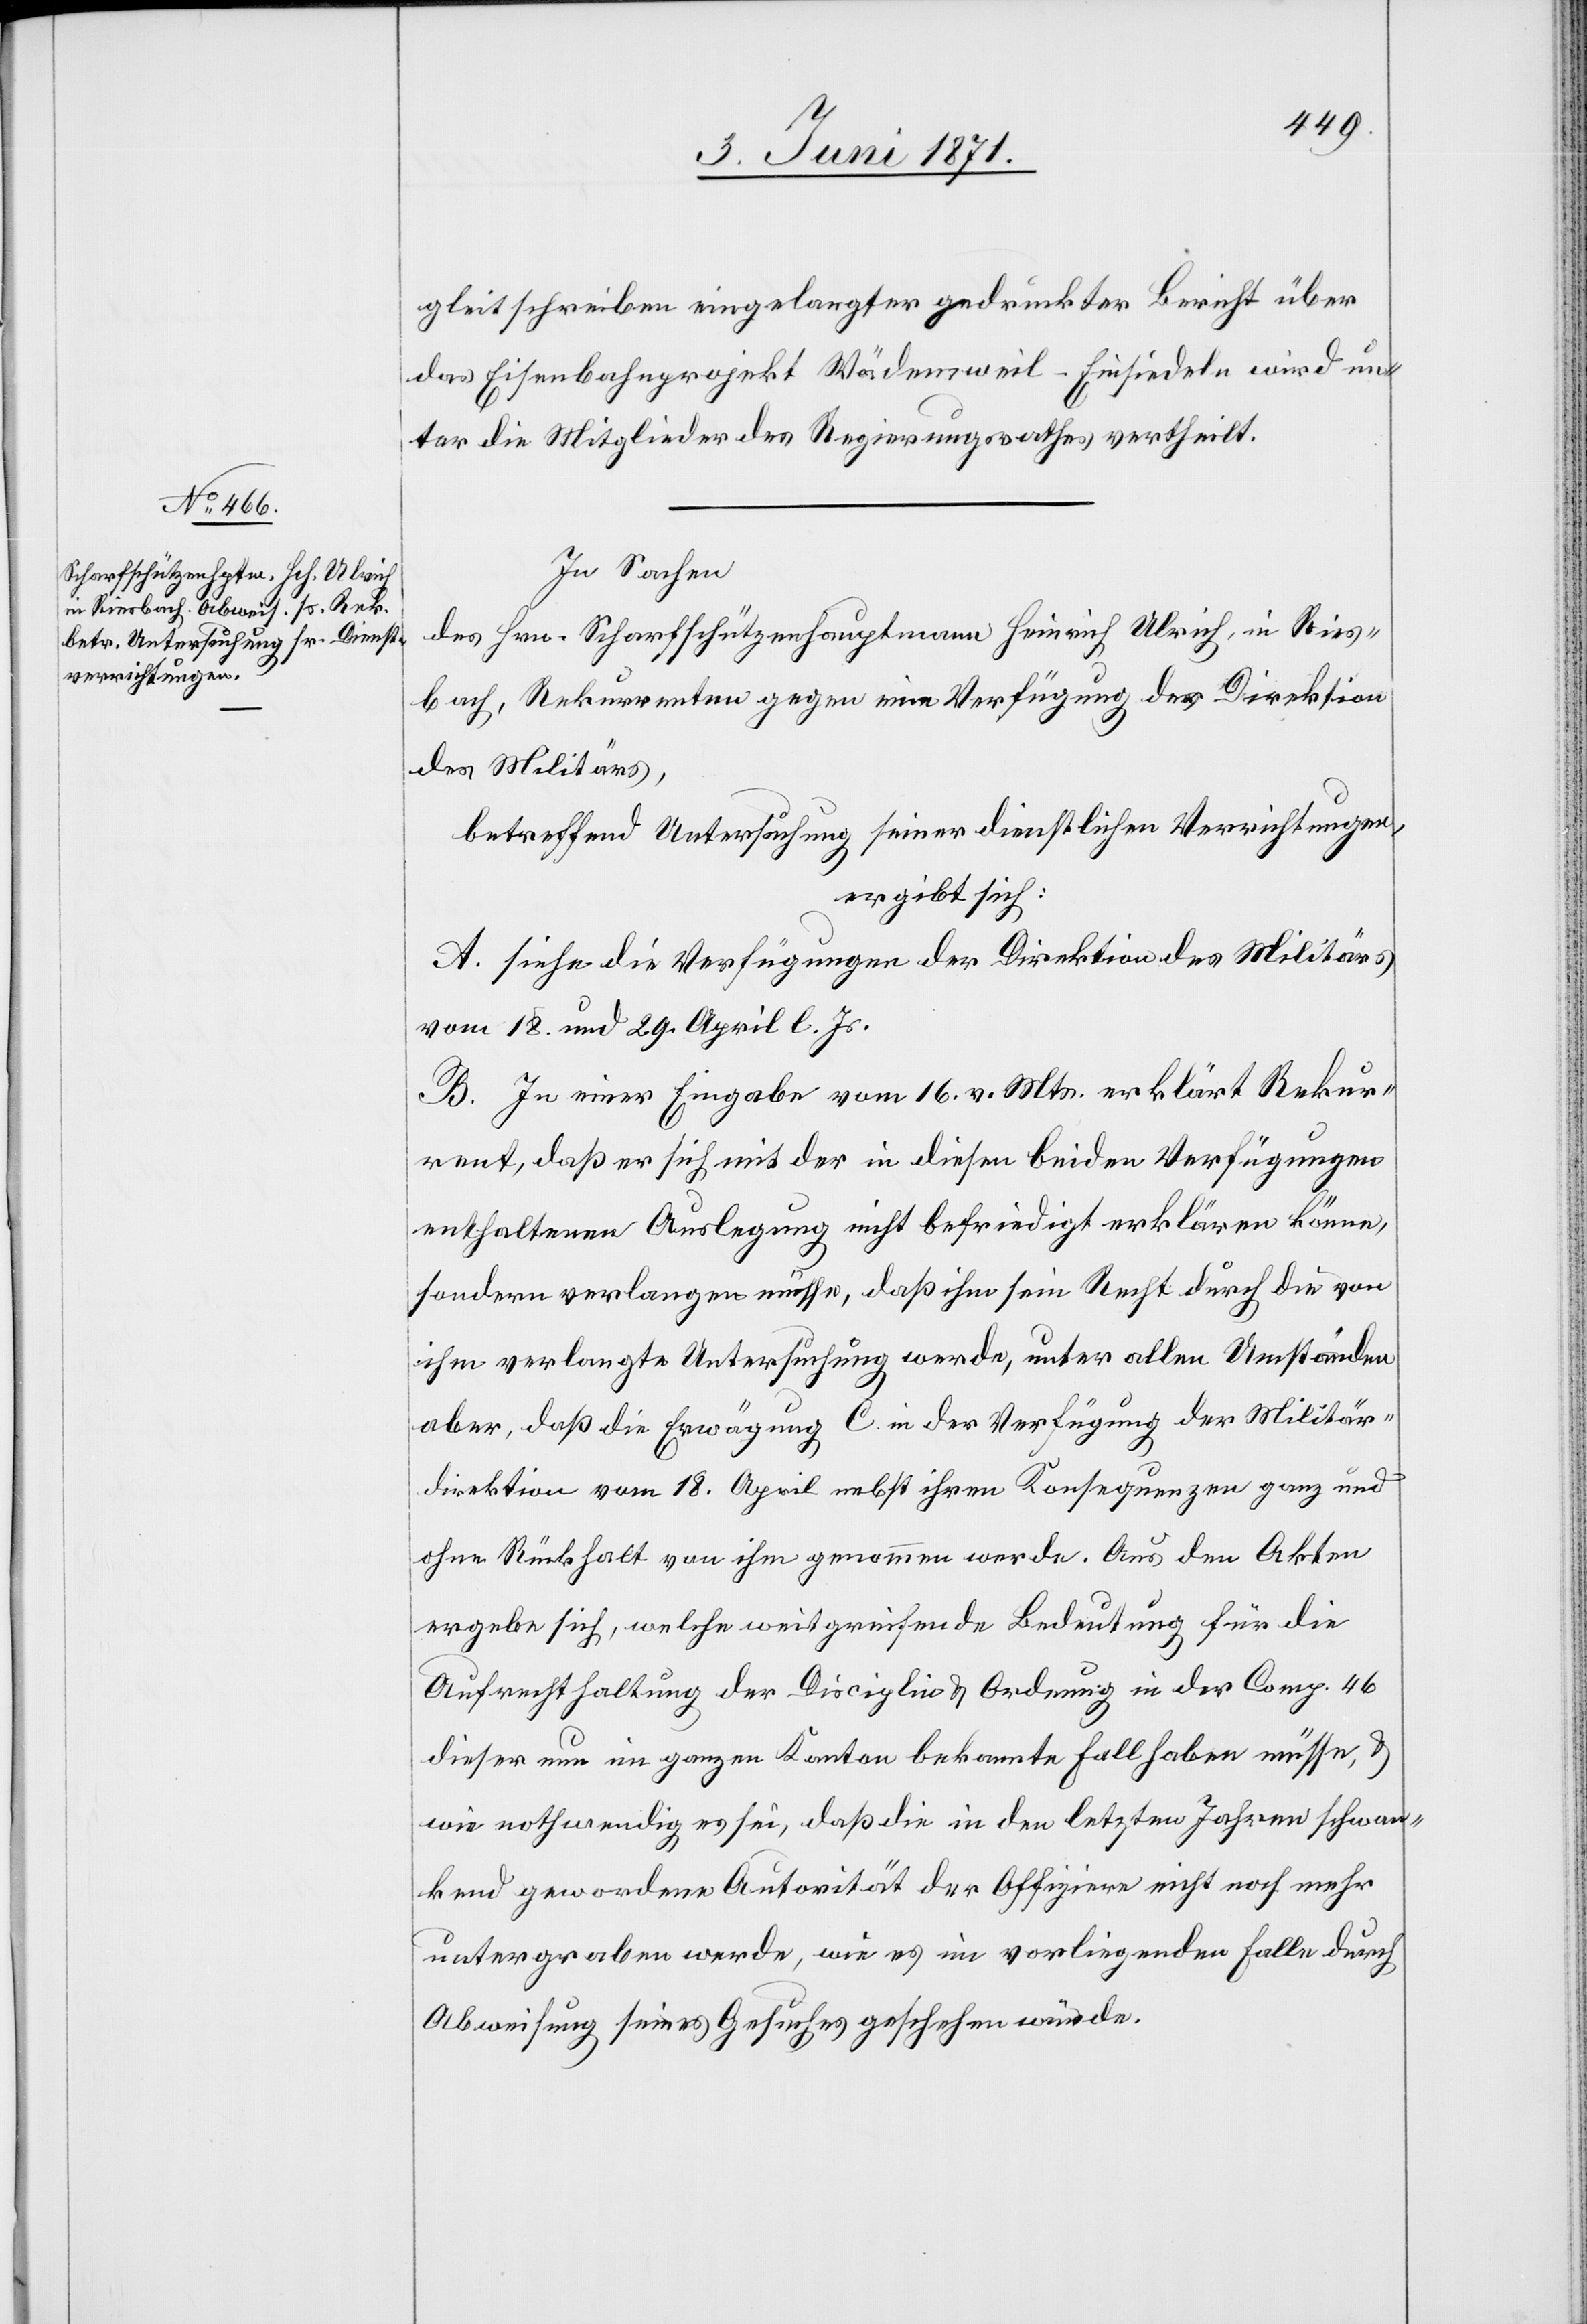
gleitschreiben eingelangter gedruckter Bericht über
das Eisenbahnprojekt Wädensweil-Einsiedeln wird un¬
ter die Mitglieder des Regierungsrathes vertheilt.
In Sachen
des Hrn. Scharfschützenhauptmann Heinrich Ulrich, in Ries¬
bach, Rekurrenten gegen eine Verfügung der Direktion
des Militärs,
betreffend Untersuchung seiner dienstlichen Verrichtungen,
ergibt sich:
A. siehe die Verfügungen der Direktion des Militärs
vom 18. und 29. April l. Js.
B. In einer Eingabe vom 16. v. Mts. erklärt Rekur¬
rent, daß er sich mit der in diesen beiden Verfügungen
enthaltenen Auslegung nicht befriedigt erklären könne,
sondern verlangen müsse, daß ihm sein Recht durch die von
ihm verlangte Untersuchung werde [sic!], unter allen Umständen
aber, daß die Erwägung C. in der Verfügung der Militär¬
direktion vom 18. April nebst ihren Konsequenzen ganz und
ohne Rückhalt von ihm genommen werde. Aus den Akten
ergebe sich, welche weitgreifende Bedeutung für die
Aufrechthaltung der Disciplin u. Ordnung in der Comp. 46
dieser nun im ganzen Kanton bekannte Fall haben müsse, u.
wie nothwendig es sei, daß die in den letzten Jahren schwan¬
kend gewordene Autorität der Offiziere nicht noch mehr
untergraben werde, wie es im vorliegende Falle durch
Abweisung seines Gesuches geschehen würde.